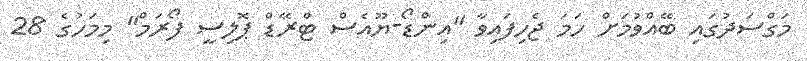
މަގްސަދުގައި ބޭއްވުމަށް ހަމަ ޖެހިފައިވާ "އިންޑޯ-ޔޫއެސް ޓްރޭޑް ޕޮލިސީ ފޯރަމް" މިމަހުގެ 28